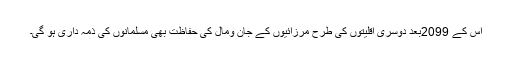
اس کے 2099بعد دوسری اقلیتوں کی طرح مرزائیوں کے جان ومال کی حفاظت بھی مسلمانوں کی ذمہ داری ہو گی۔